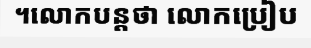
។លោកបន្តថា លោកប្រៀប